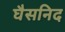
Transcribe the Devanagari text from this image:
घैसनिद